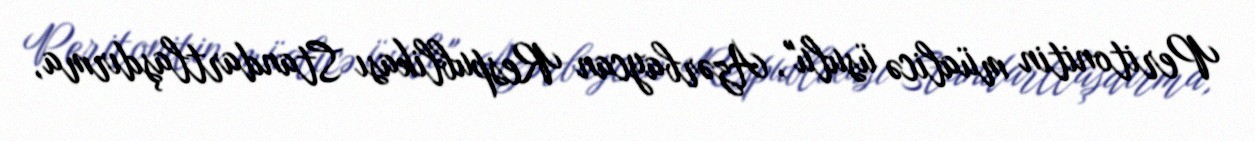
Peritonitin müalicə üsulu", Azərbaycan Respublikası Standartlaşdırma,